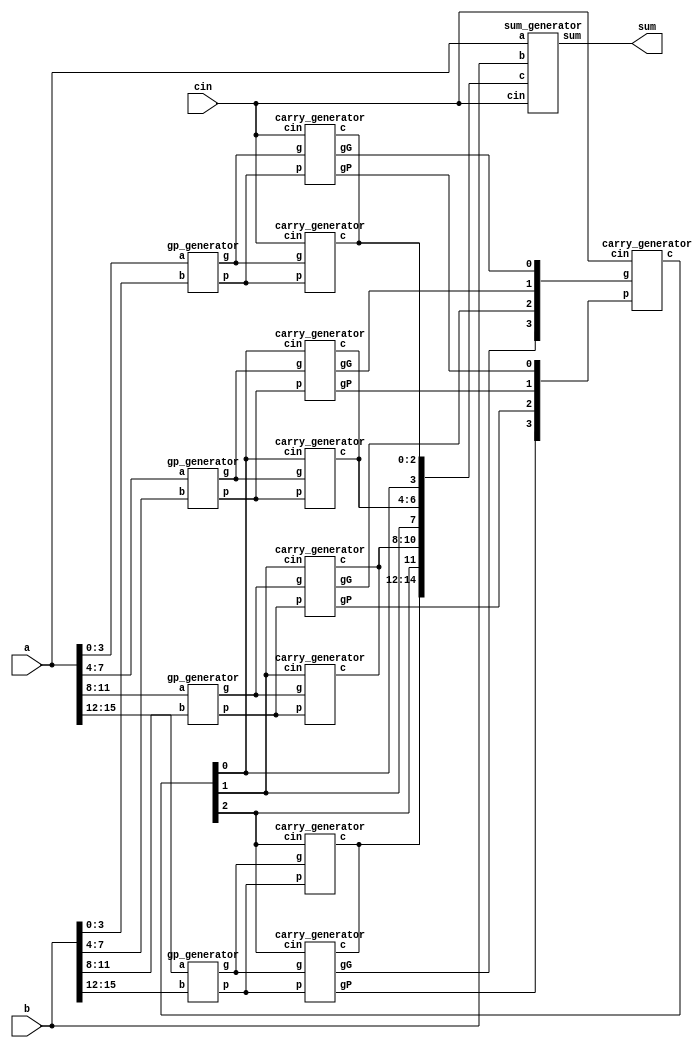
module CLA_16bit(a,b,cin,sum);

    input  [15:0] a,b;
    input cin;
    output [15:0] sum;
    
    wire [15:0] g,p;
    wire [15:1] c;
    wire [3:0] gG,gP;
    
    //Write down your design here ---//
	
	  //generate g & p
	  gp_generator gp0(a[3:0],b[3:0],g[3:0],p[3:0]);
      gp_generator gp1(a[7:4],b[7:4],g[7:4],p[7:4]);
      gp_generator gp2(a[11:8],b[11:8],g[11:8],p[11:8]);
      gp_generator gp3(a[15:12],b[15:12],g[15:12],p[15:12]);

	  //generate gG & gP, generate carries
      carry_generator c0(g[3:0],p[3:0],cin,c[3:1],gG[0],gP[0]);
      carry_generator c1(g[7:4],p[7:4],c[4],c[7:5],gG[1],gP[1]);
      carry_generator c2(g[11:8],p[11:8],c[8],c[11:9],gG[2],gP[2]);
      carry_generator c3(g[15:12],p[15:12],c[12],c[15:13],gG[3],gP[3]);

	  //generate carries c4, c8, c12
      carry_generator c4(gG[3:0],gP[3:0],cin,{c[12],c[8],c[4]},,);
      
      //generate all true carries
      carry_generator c_0(g[3:0],p[3:0],cin,c[3:1],,);
      carry_generator c_1(g[7:4],p[7:4],c[4],c[7:5],,);
      carry_generator c_2(g[11:8],p[11:8],c[8],c[11:9],,);
      carry_generator c_3(g[15:12],p[15:12],c[12],c[15:13],,);

	  //generate sum
      sum_generator s(a[15:0],b[15:0],cin,c[15:1],sum[15:0]);

    //-------------------------------//

endmodule

module gp_generator(a,b,g,p);

    input  [3:0] a,b;
    output [3:0] g,p;
   
    assign g = a & b;   // g = a x b
    assign p = a ^ b;   // p = a + b

endmodule

module carry_generator(g,p,cin,c,gG,gP);

    input [3:0] g,p;
    input cin;
    output gG,gP;
    output [3:1] c;

    //create gG and gP
    assign gG = g[3] | (p[3] & g[2]) | (p[3] & p[2] & g[1]) | (p[3] & p[2] & p[1] & g[0]);
	assign gP = p[3] & p[2] & p[1] & p[0];

    //create carries
    assign c[1] = g[0] | (p[0] & cin);
    assign c[2] = g[1] | (p[1] & g[0]) | (p[1] & p[0] & cin);
    assign c[3] = g[2] | (p[2] & g[1]) | (p[2] & p[1] & g[0]) | (p[2] & p[1] & p[0] & cin);

endmodule

module sum_generator(a,b,cin,c,sum);

    input  [15:0] a,b;
    input cin;
    input  [15:1] c;
    output [15:0] sum;

    //sum = a ^ b ^ c;
    assign sum = a ^ b ^ {c,cin};

endmodule